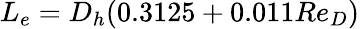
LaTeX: L_{e}=D_{h}(0.3125+0.011Re_{D})